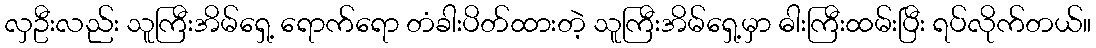
လှဦးလည်း သူကြီးအိမ်ရှေ့ ရောက်ရော တံခါးပိတ်ထားတဲ့ သူကြီးအိမ်ရှေ့မှာ ဓါးကြီးထမ်းပြီး ရပ်လိုက်တယ်။